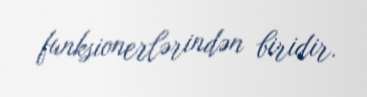
funksionerlərindən biridir.